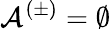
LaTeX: \mathcal{A}^{(\pm)}=\emptyset